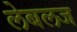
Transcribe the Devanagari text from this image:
लेबलज